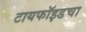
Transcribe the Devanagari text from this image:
टायफॉइडचा